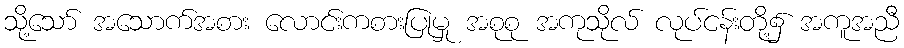
သို့သော် အသောက်အစား လောင်းကစားပြုမှု အစုစု အကုသိုလ် လုပ်ငန်းတို့၌ အကူအညီ